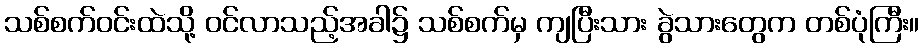
သစ်စက်ဝင်းထဲသို့ ဝင်လာသည့်အခါ၌ သစ်စက်မှ ကျပြီးသား ခွဲသားတွေက တစ်ပုံကြီး။